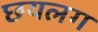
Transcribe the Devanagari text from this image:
छयलग